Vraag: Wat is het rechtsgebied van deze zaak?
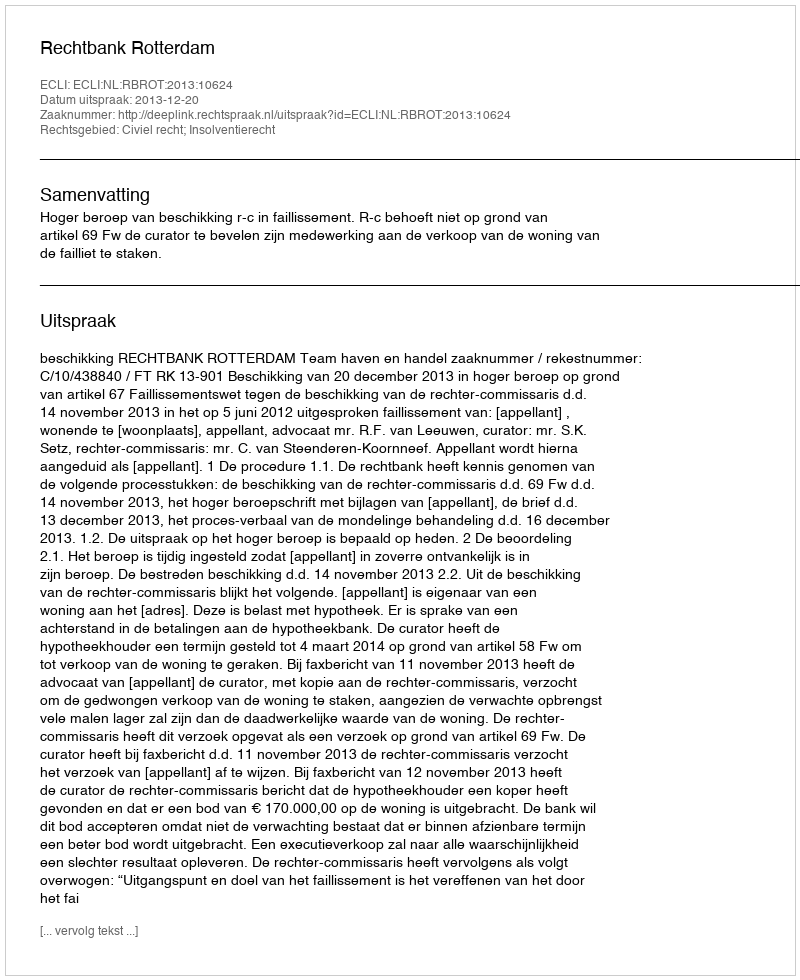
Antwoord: Civiel recht; Insolventierecht